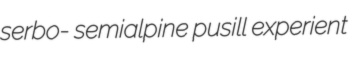
serbo- semialpine pusill experient